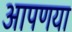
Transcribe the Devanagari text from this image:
आपणया